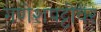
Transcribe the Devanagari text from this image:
गणेशपट्टीवर